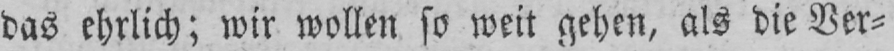
das ehrlich; wir wollen so weit gehen, als die Ver⸗